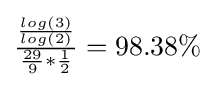
{\textstyle {\frac {\frac {log(3)}{log(2)}}{{\frac {29}{9}}*{\frac {1}{2}}}}=98.38\%}